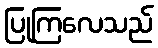
ပြုကြလေသည်